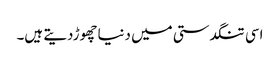
اسی تنگدستی میں دنیاچھوڑدیتے ہیں۔